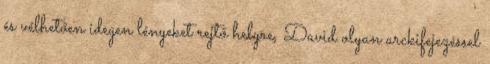
és vélhetően idegen lényeket rejtő helyre, David olyan arckifejezéssel